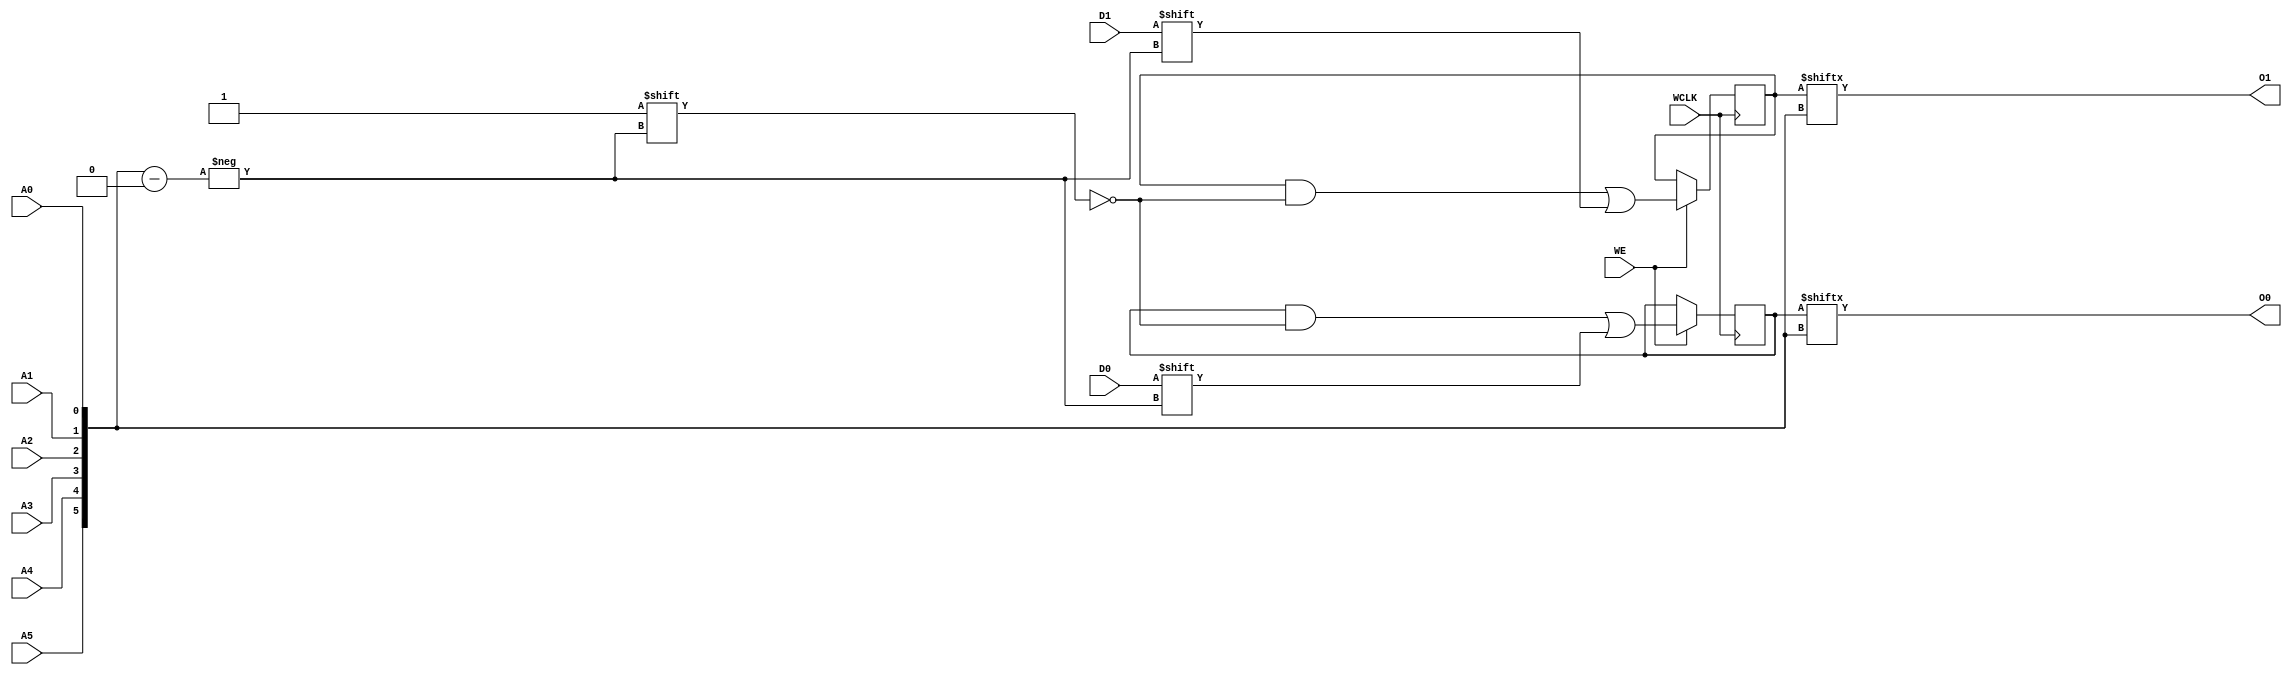
module RAM64X2S (O0, O1, A0, A1, A2, A3, A4, A5, D0, D1, WCLK, WE);

    parameter INIT_00 = 64'h0000000000000000;
    parameter INIT_01 = 64'h0000000000000000;

    output O0, O1;

    input  A0, A1, A2, A3, A4, A5, D0, D1, WCLK, WE;

    reg  [63:0] mem1;
    reg  [63:0] mem2;

    wire [5:0] adr;

    assign adr = {A5, A4, A3, A2, A1, A0};
    assign O0 = mem1[adr];
    assign O1 = mem2[adr];

    initial  begin
        mem1 = INIT_00;
        mem2 = INIT_01;
    end

    always @(posedge WCLK) 
        if (WE == 1'b1) begin
            mem1[adr] <= #100 D0;
            mem2[adr] <= #100 D1;
        end

endmodule